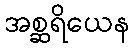
အစ္ဆရိယေန